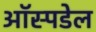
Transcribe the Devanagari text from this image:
ऑस्पडेल